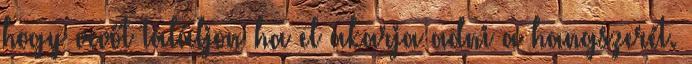
hogy vevőt találjon ha el akarja adni a hangszerét.